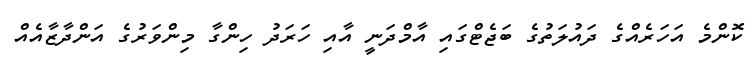
ކޮންމެ އަހަރެއްގެ ދައުލަތުގެ ބަޖެޓްގައި އާމްދަނީ އާއި ހަރަދު ހިންގާ މިންވަރުގެ އަންދާޒާއެއް